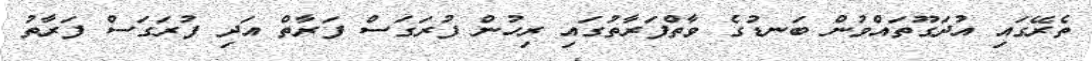
ތެރޭގައި އުދަގޫތައްވުން ބަނޑުގެ ވާތްފަރާތުގައި ރިހުން ފުރަގަސް ފަރާތް އަދި ފުރަގަސް ފަރާތު